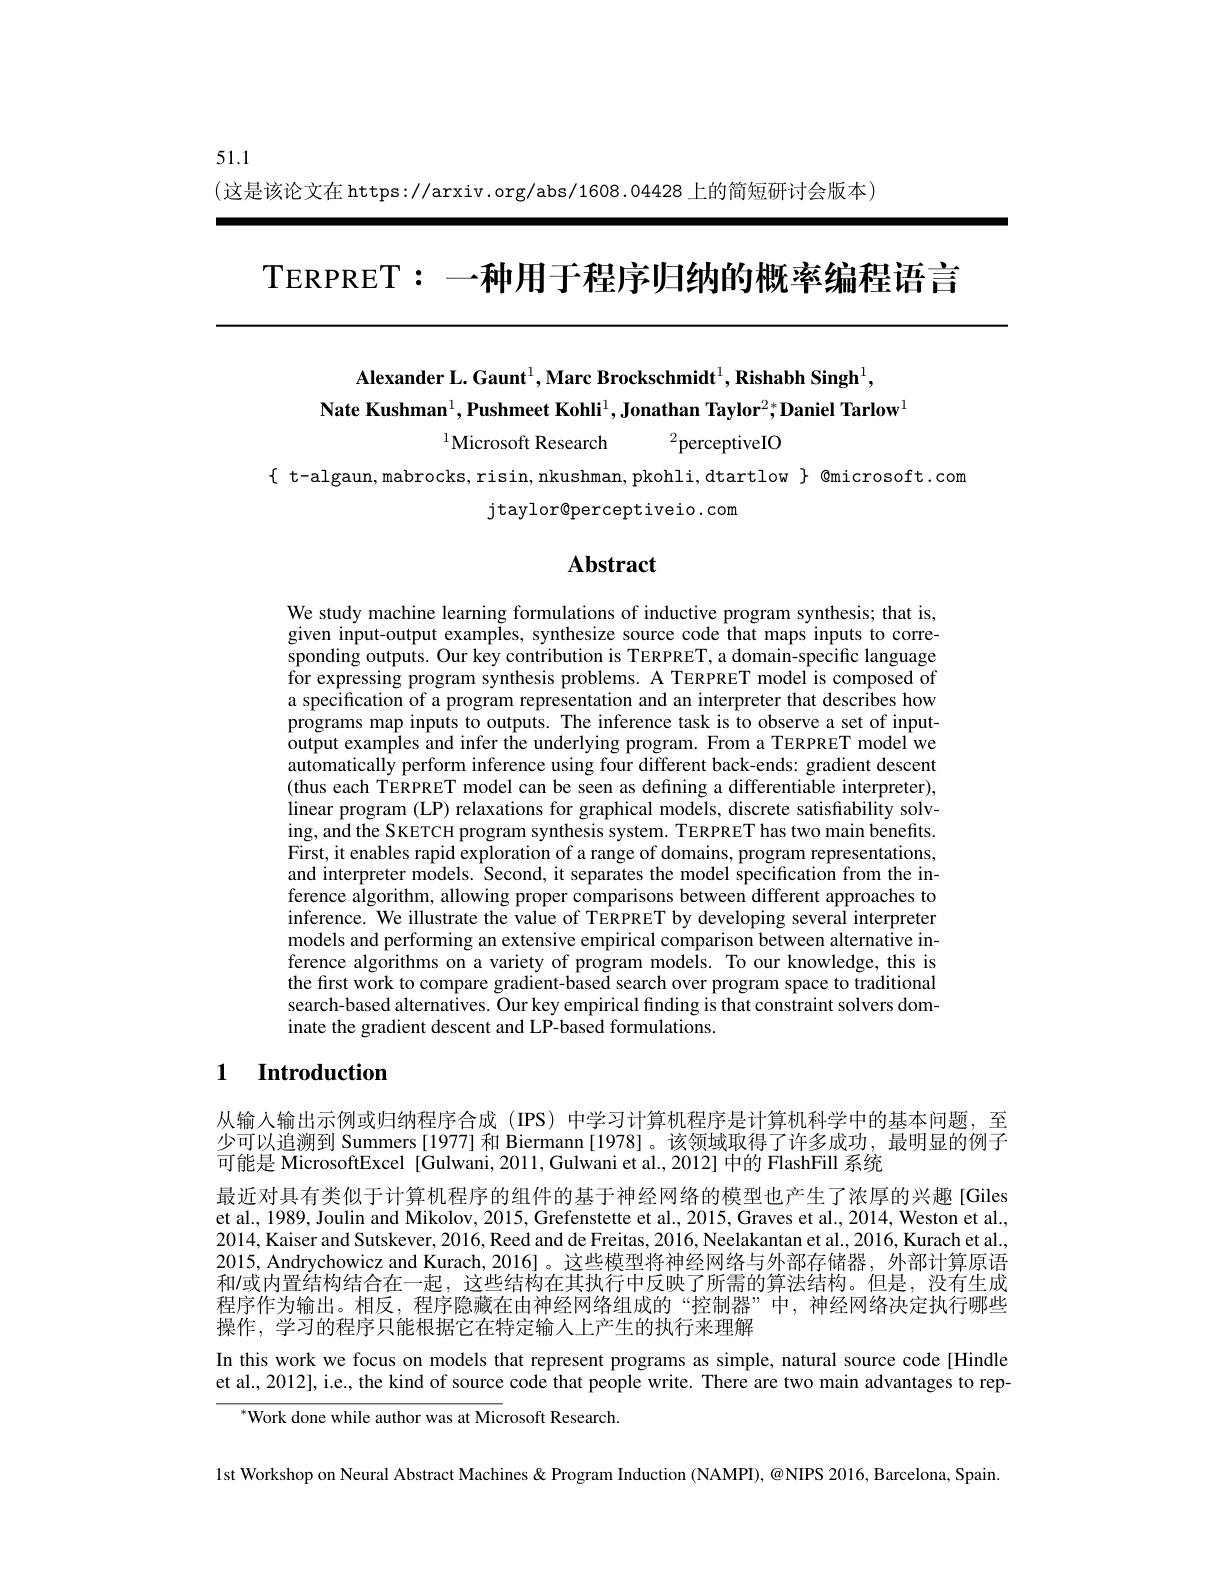
51.1

(这是该论文在 https://arxiv.org/abs/1608.04428上的简短研讨会版本)

TERPRET:一种用于程序归纳的概率编程语言

## $\mathbf{AlexanderL.Gaunt}^{1},\mathbf{MarcBrockschmidt}^{1},\mathbf{RishabhSingh}^{1}$, $\mathsf{Nate~Kushman}^1,\mathsf{Pushmeet~Kohli}^1,\mathsf{Jonathan~Taylor}^2;\mathsf{Daniel~Tarlow}^1$

$^{1}$Microsoft Research$^2$perceptiveIO

$\{$ t-algaun,mabrocks,risin,nkushman,pkohli,dtartlow $\}$ @microsoft.com
jtaylor@perceptiveio.com

# $\mathbf{Abstract}$

We study machine learning formulations of inductive program synthesis; that is, given input-output examples, synthesize source code that maps inputs to corresponding outputs. Our key contribution is TERPRET, a domain-specific language for expressing program synthesis problems. A TERPRET model is composed of a specification of a program representation and an interpreter that describes how programs map inputs to outputs. The inference task is to observe a set of inputoutput examples and infer the underlying program. From a TERPRET model we automatically perform inference using four different back-ends: gradient descent (thus each TERPRET model can be seen as defining a differentiable interpreter), linear program (LP) relaxations for graphical models, discrete satisfability solving, and the SKETCH program synthesis system. TERPRET has two main benefits. First, it enables rapid exploration of a range of domains, program representations, and interpreter models. Second, it separates the model specification from the inference algorithm, allowing proper comparisons between different approaches to inference. We illustrate the value of TERPRET by developing several interpreter models and performing an extensive empirical comparison between alternative inference algorithms on a variety of program models. To our knowledge, this is the first work to compare gradient-based search over program space to traditional search-based alternatives. Our key empirical finding is that constraint solvers dominate the gradient descent and LP-based formulations.

## 1 Introduction

从输人输出示例或归纳程序合成(IPS)中学习计算机程序是计算机科学中的基本问题，至少可以追溯到 Summers[1977] 和 Biermann [1978] 。该领域取得了许多成功，最明显的例子可能是 MicrosoftExcel [Gulwani, 2011, Gulwani et al., 2012] 中的 FlashFill 系统
最近对具有类似于计算机程序的组件的基于神经网络的模型也产生了浓厚的兴趣[Giles et al., 1989, Joulin and Mikolov, 2015, Grefenstette et al., 2015, Graves et al., 2014, Weston et al., 2014, Kaiser and Sutskever, 2016, Reed and de Freitas, 2016, Neelakantan et al., 2016, Kurach et al. 2015, Andrychowicz and Kurach, 2016]。这些模型将神经网络与外部存储器，外部计算原语和$l$或内置结构结合在一起，这些结构在其执行中反映了所需的算法结构。但是，没有生成程序作为输出。相反，程序隐藏在由神经网络组成的“控制器”中，神经网络决定执行哪些操作，学习的程序只能根据它在特定输人上产生的执行来理解
In this work we focus on models that represent programs as simple, natural source code[Hindle et al., 2012], i.e., the kind of source code that people write. There are two main advantages to rep-

$^{*}$Work done while author was at Microsoft Research.

lst Workshop on Neural Abstract Machines & Program Induction (NAMPI), @NIPS 2016, Barcelona, Spain